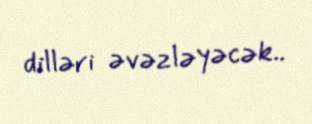
dilləri əvəzləyəcək..